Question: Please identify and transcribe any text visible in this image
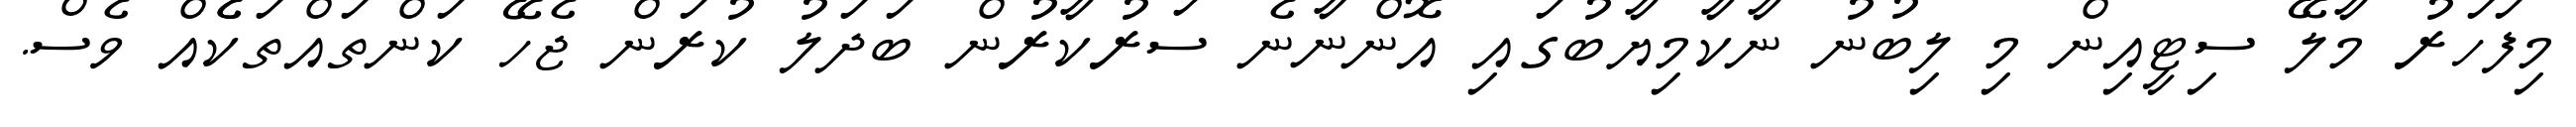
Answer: މިފަހަރު މާލޭ ސިޓީއިން މި ލިބުނު ނާކާމިޔާބުގައި އޮންނާނެ ސަރުކާރުން ބަދަލު ކުރަން ޖެހޭ ކަންތައްތަކެެއް ވެސް.